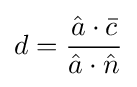
d={\frac {{\hat {a}}\cdot {\bar {c}}}{{\hat {a}}\cdot {\hat {n}}}}